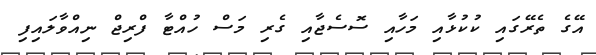
އޭގެ ތެރޭގައި ކުކުޅާއި މަހާއި ސޮސެޖާއި ގެރި މަސް ހުއްޓާ ފްރިޖް ނިއްވާލައިފި